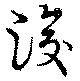
浚